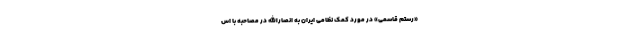
«رستم قاسمی» در مورد کمک نظامی ایران به انصارالله در مصاحبه با اس